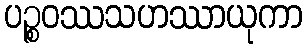
ပဉ္စဝဿသဟဿာယုကာ